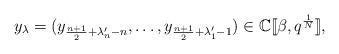
LaTeX: \begin{align*}y_{\lambda }=(y_{\frac{n+1}{2}+\lambda _{n}^{\prime }-n},\ldots ,y_{\frac{n+1}{2}+\lambda _{1}^{\prime }-1})\in \mathbb{C}[\![\beta, q^{\frac{1}{N}}]\!], \end{align*}